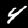
Digit: 4